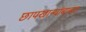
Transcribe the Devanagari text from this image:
छापखान्यांबाबत